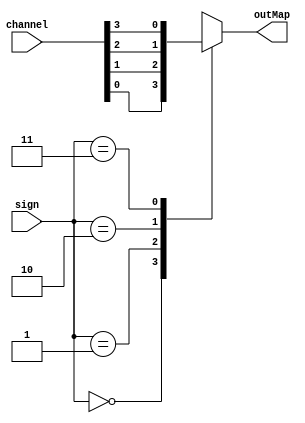
module multiplexer4_1(
	input [1:0] sign,
	input [3:0] channel,
	output outMap
);
reg out_reg;
assign outMap = out_reg;
always @ (channel or sign) begin
    case(sign)
        2'b00 : out_reg <= channel[0];
        2'b01 : out_reg <= channel[1];
        2'b10 : out_reg <= channel[2];
        2'b11 : out_reg <= channel[3];
    endcase
end
//assign outMap = sign[1] ? (sign[0] ? channel[3] : channel[2]) :(sign[0] ? channel[1] : channel[0]);

endmodule